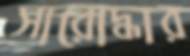
সারোদ্ধার